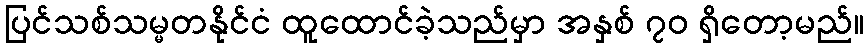
ပြင်သစ်သမ္မတနိုင်ငံ ထူထောင်ခဲ့သည်မှာ အနှစ် ၇၀ ရှိတော့မည်။